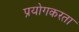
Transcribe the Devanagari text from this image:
प्रयोगकरता